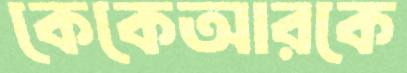
কেকেআরকে